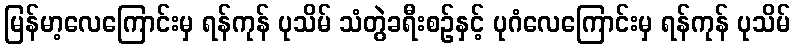
မြန်မာ့လေကြောင်းမှ ရန်ကုန် ပုသိမ် သံတွဲခရီးစဉ်နှင့် ပုဂံလေကြောင်းမှ ရန်ကုန် ပုသိမ်